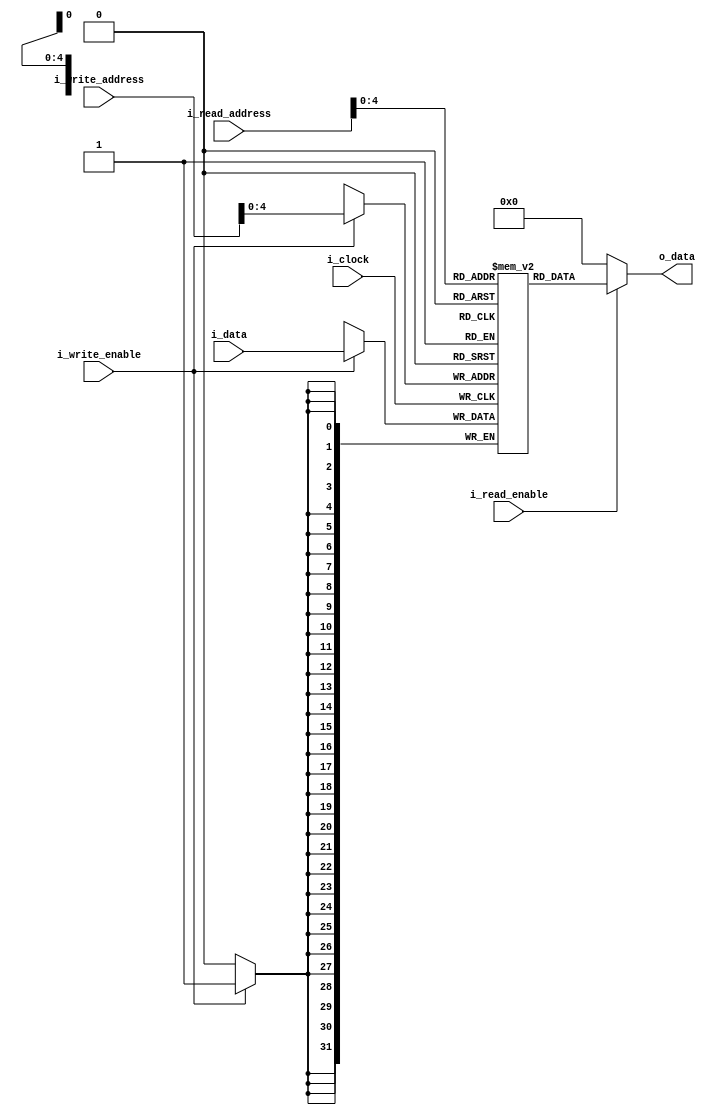
`timescale 1ns/100ps
module data_memory
#(
    parameter                           NB_ADDR     = 32,
    parameter                           NB_DATA     = 32,
    parameter                           RAM_DEPTH   = 32
)
(
    //Outputs
    output wire [NB_DATA-1 : 0]         o_data,

    //Inputs
    input wire                          i_write_enable,
    input wire                          i_read_enable,
    input wire  [NB_ADDR-1 : 0]         i_write_address,
    input wire  [NB_ADDR-1 : 0]         i_read_address,
    input wire  [NB_DATA-1 : 0]         i_data,

    //Clocking
    input wire                          i_clock
    
);
    //Internal signals1
    reg         [NB_DATA-1 : 0]         data_memory [RAM_DEPTH-1 : 0];

    //writing
    always @(posedge i_clock)
    begin        
        if(i_write_enable)
            data_memory[i_write_address]            <= i_data;
    end   

    //Outputs
    assign                              o_data      = (i_read_enable) ? data_memory[i_read_address] : {NB_DATA{1'b0}};

endmodule